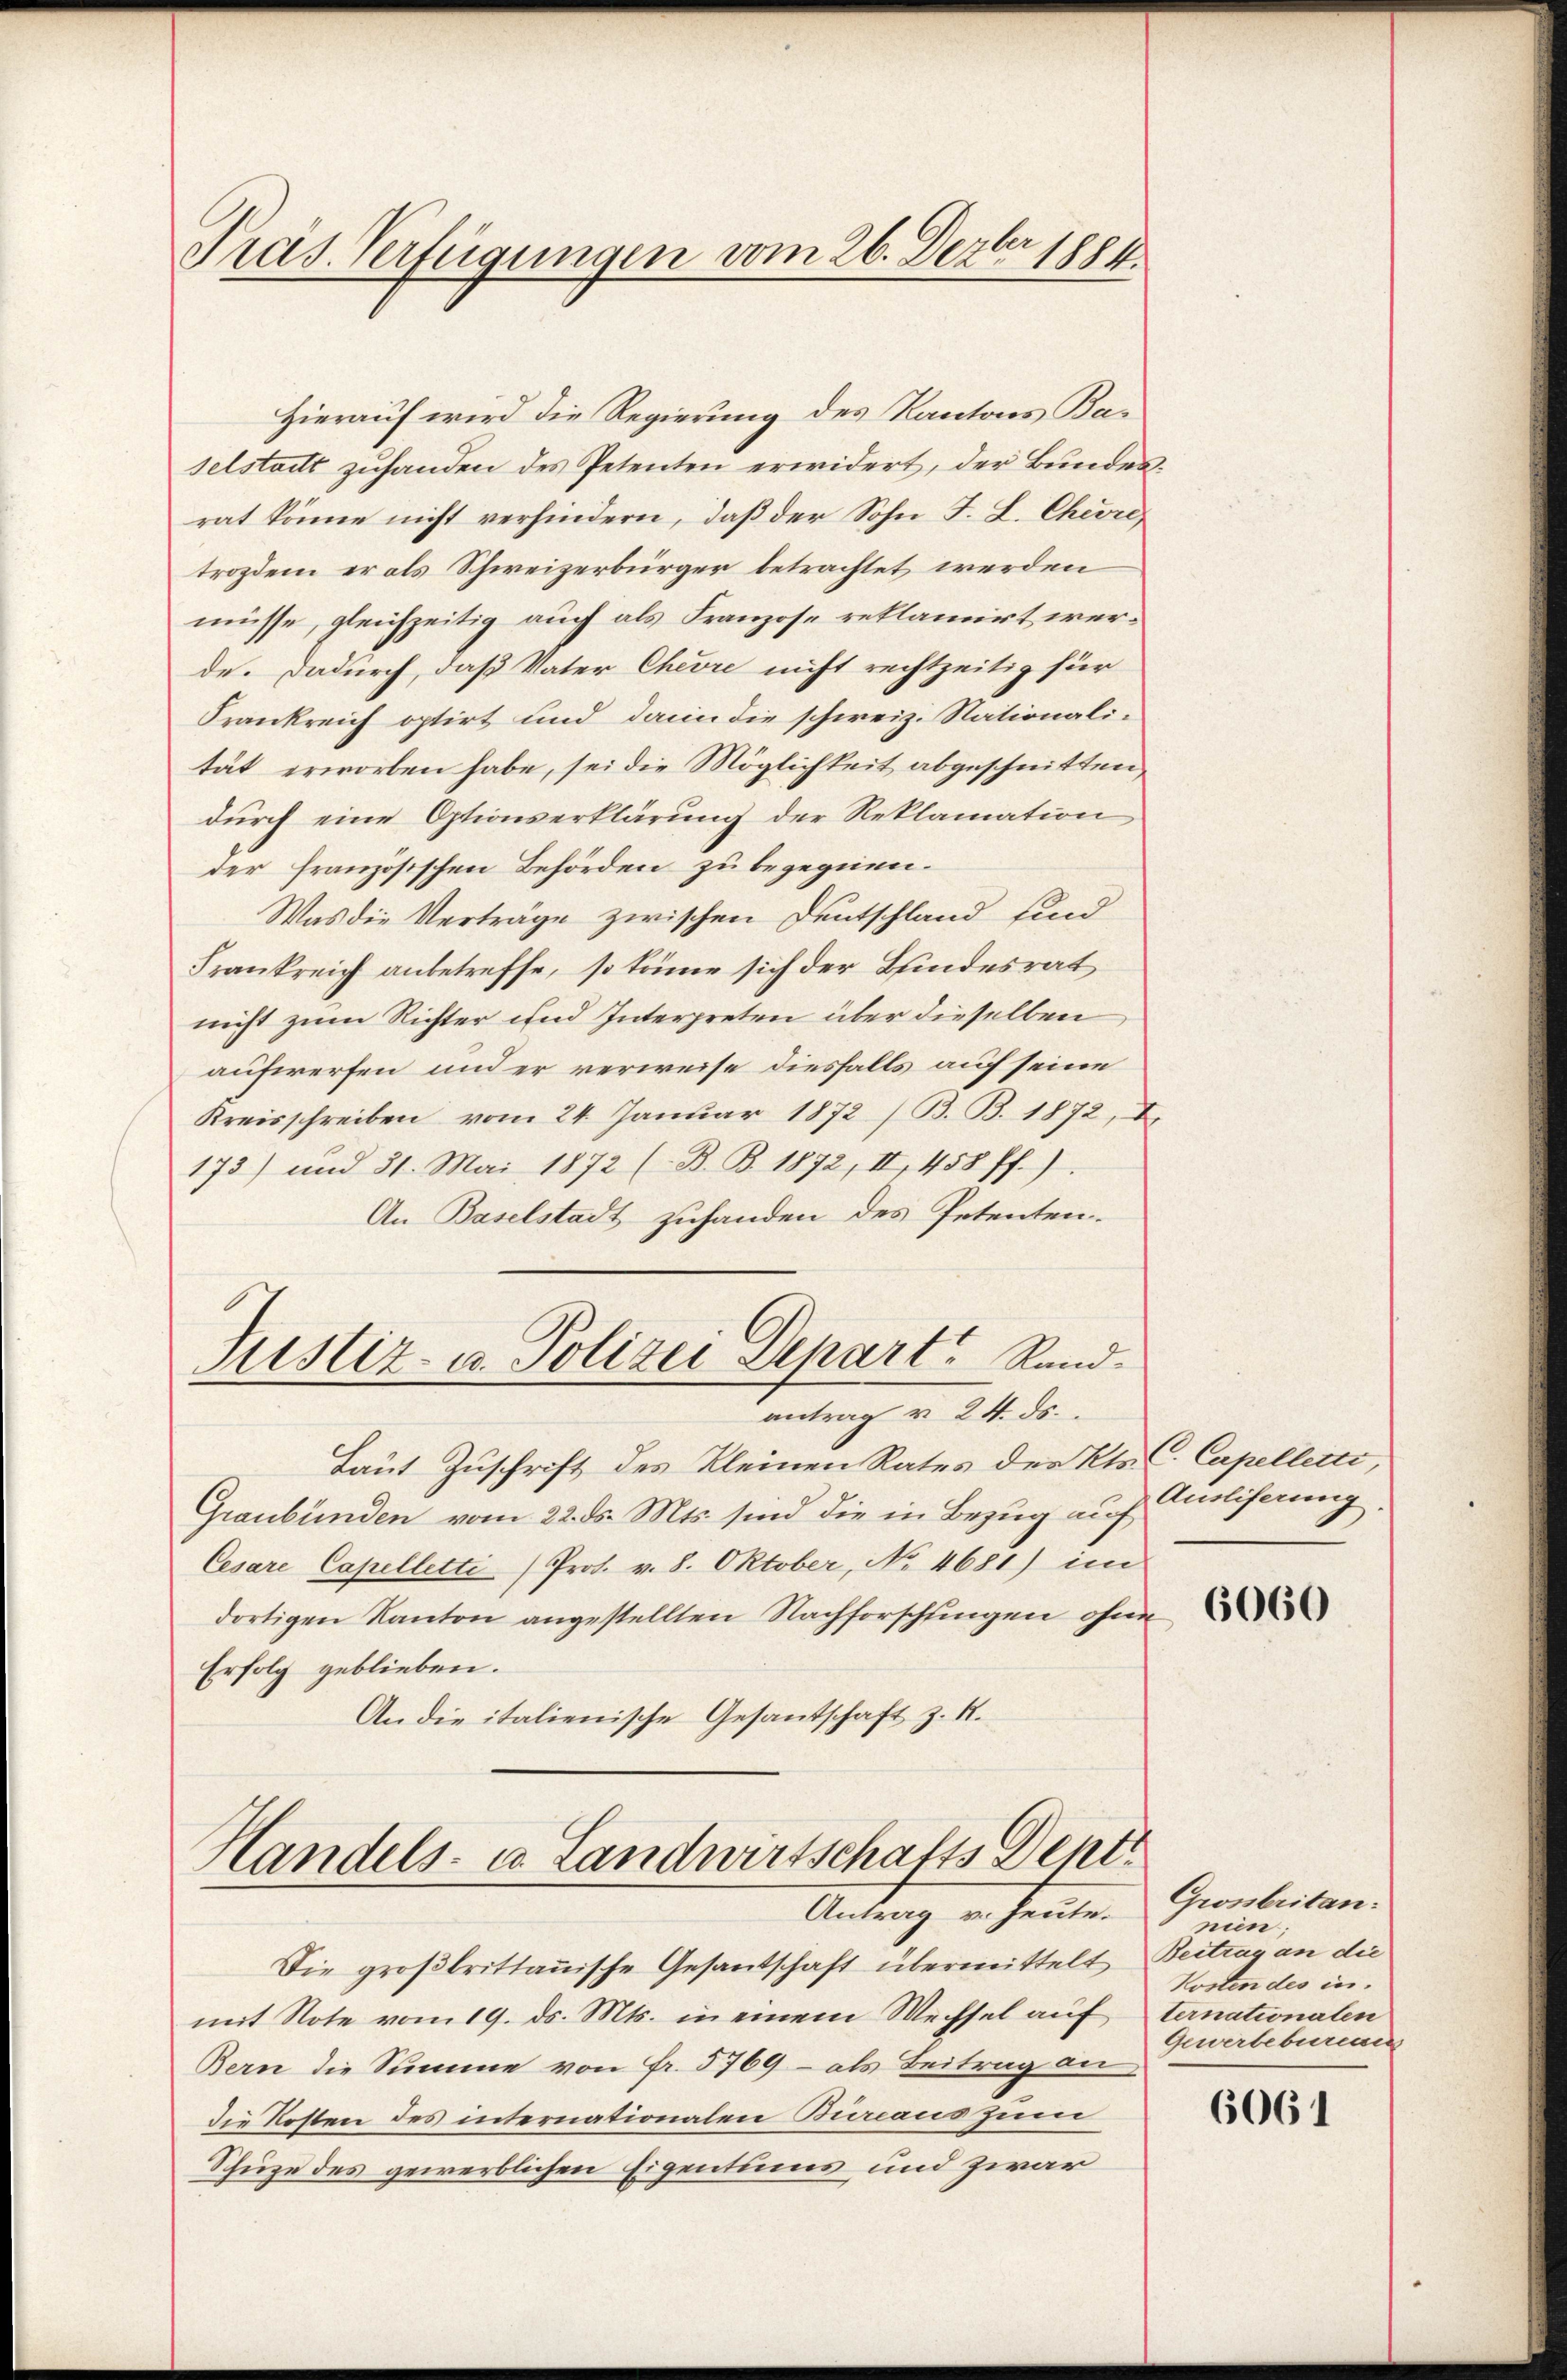
Präs. Verfügungen vom 26. Dezbr 1884.

Hierauf wird die Regierung des Kantons Baselstatt zuhanden des Petenten erwidert, der Bundesrat könne nicht verhindern, daß der Sohn F. L. Chirtrozdem er als Schweizerbürger betrachtet werden
müsse, gleichzeitig auch als Franzose reklamirt werde. Dadurch, daß Vater Chevre nicht rechtzeitig für
Frankreich optirt und dann die schweiz. Nationalität erworben habe, sei die Möglichkeit abgeschnitten,
dŭrch eine Optionserklärung der Reklamation
der französischen Behörden zu begegnen.
Was die Verträge zwischen Deutschland sind
Frankreich anbetreffe, so könne sich der Bundesrat
nicht zum Richter und Interpreten über dieselben
aufwerfen und er verweise diesfalls auf seine
Kreisschreiben vom 24. Januar 1872 / B. B. 1872, I
173) und 31. Mai 1872 (B. B. 1872, II, 458 ff.).
An Baselstadt zuhanden des Petenten-
Justiz- u. Polizei Depart Randantrag u. 24. ds.
Laut Zuschrift des Kleinen Rates der Kts. C. Capelletti,
Graubünden vom 22. ds. Mts. sind die in Bezug auf Ausliferung,
Cesare Capelletti Prot. v. 8. Oktober, No 4681) im
dortigen Kanton angestellten Nachforschlingen ohne
Erfolg geblieben.
An die italienische Gesantschaft z. K.

Handels- u. Landwirtschafts Dent
Antrag v. heute.

Die großbrittannische Gesandtschaft übermittelt
mit Note vom 19. ds. Mts. in einem Wechsel auf
Bern die Summe von Fr. 5769 - als Beitrag an
die Kosten des internationalen Bureaus zum
Schüze des gewerblichen Eigentums und zwar

6060

Grossbritannien;
Beitrag an die
Kosten des in
ternationalen
Gewerbeburgen

6061